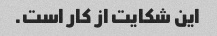
این شکایت از کار است.